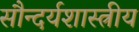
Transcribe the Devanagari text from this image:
सौन्दर्यशास्त्रीय